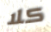
كلا